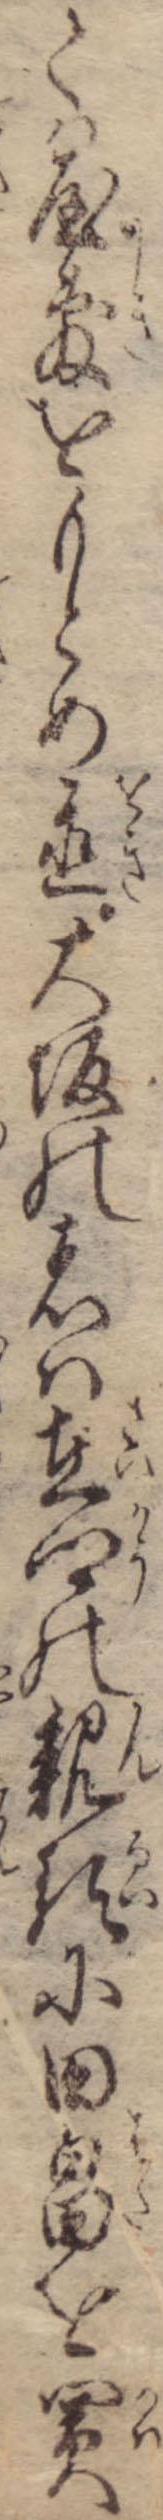
ては屋敷をもとめ置大坂の者は在郷の親類に田畠を買